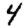
Digit: 4